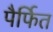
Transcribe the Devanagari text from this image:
पैर्फित